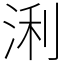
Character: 浰